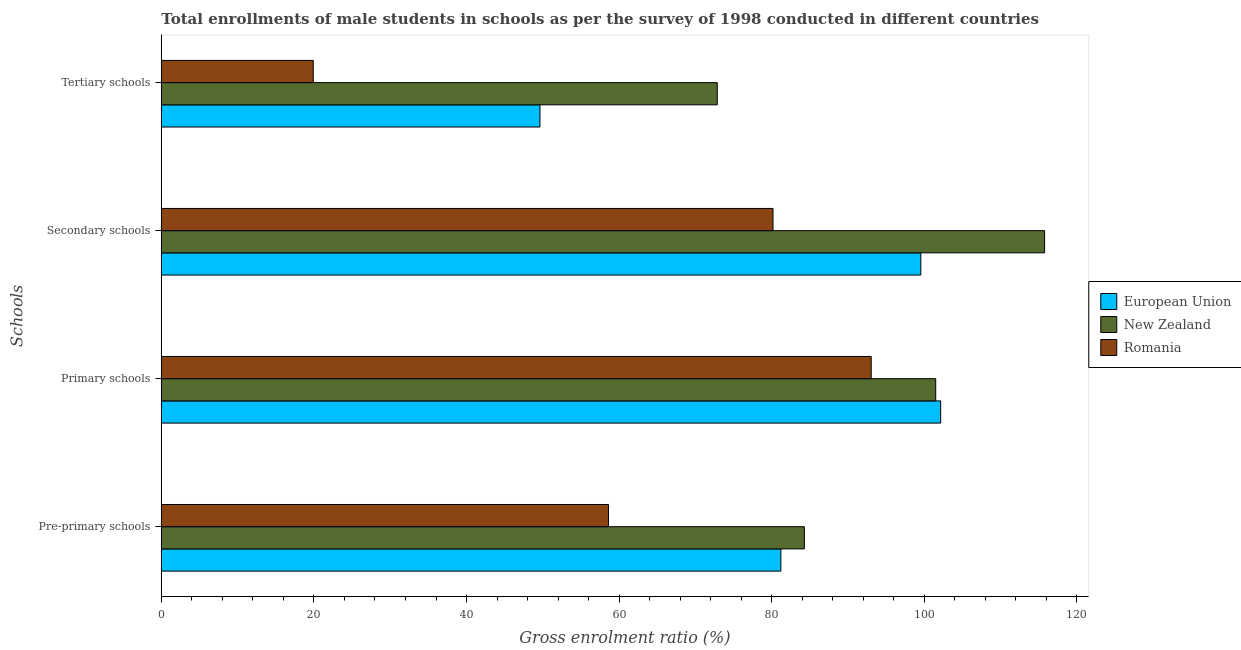
| Schools | European Union | New Zealand | Romania |
 | --- | --- | --- | --- |
 | Pre-primary schools | 81.2 | 84.3 | 58.6 |
 | Primary schools | 102 | 101 | 93 |
 | Secondary schools | 99.5 | 116 | 80.2 |
 | Tertiary schools | 49.6 | 72.9 | 19.9 |